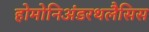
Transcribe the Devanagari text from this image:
होमोनिअंडरथलैसिस